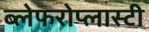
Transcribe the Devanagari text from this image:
ब्लेफरोप्लास्टी